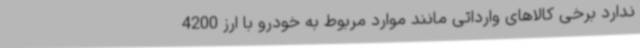
ندارد برخی کالاهای وارداتی مانند موارد مربوط به خودرو با ارز 4200